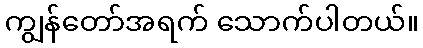
ကျွန်တော်အရက် သောက်ပါတယ်။